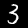
Label: 3